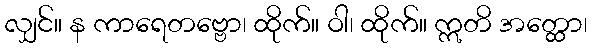
လျှင်။ န ကာရေတဗ္ဗော၊ ထိုက်။ ဝါ၊ ထိုက်။ ဣတိ အတ္ထော၊